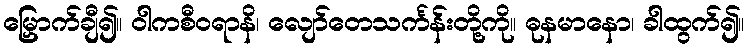
မြှောက်ချီ၍။ ဝါကစီဝရာနိ၊ လျော်တေသင်္ကန်းတို့ကို။ ဓုနမာနော၊ ခါထွက်၍။